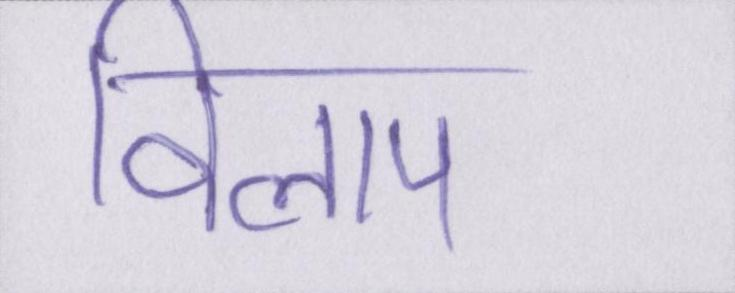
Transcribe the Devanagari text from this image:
विलाप